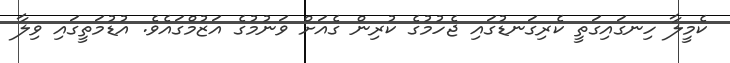
ކެމީލާ ހިނގައިގަތީ ކެރިގަނޑުގައި ޖެހުމުގެ ކުރިން ގެއަށް ވަނުމުގެ އަޒުމްގައެވެ. އުޑުމަތީގައި ވިލާ